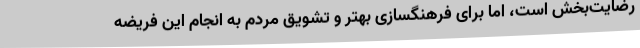
رضایت‌بخش است، اما برای فرهنگسازی بهتر و تشویق مردم به انجام این فریضه